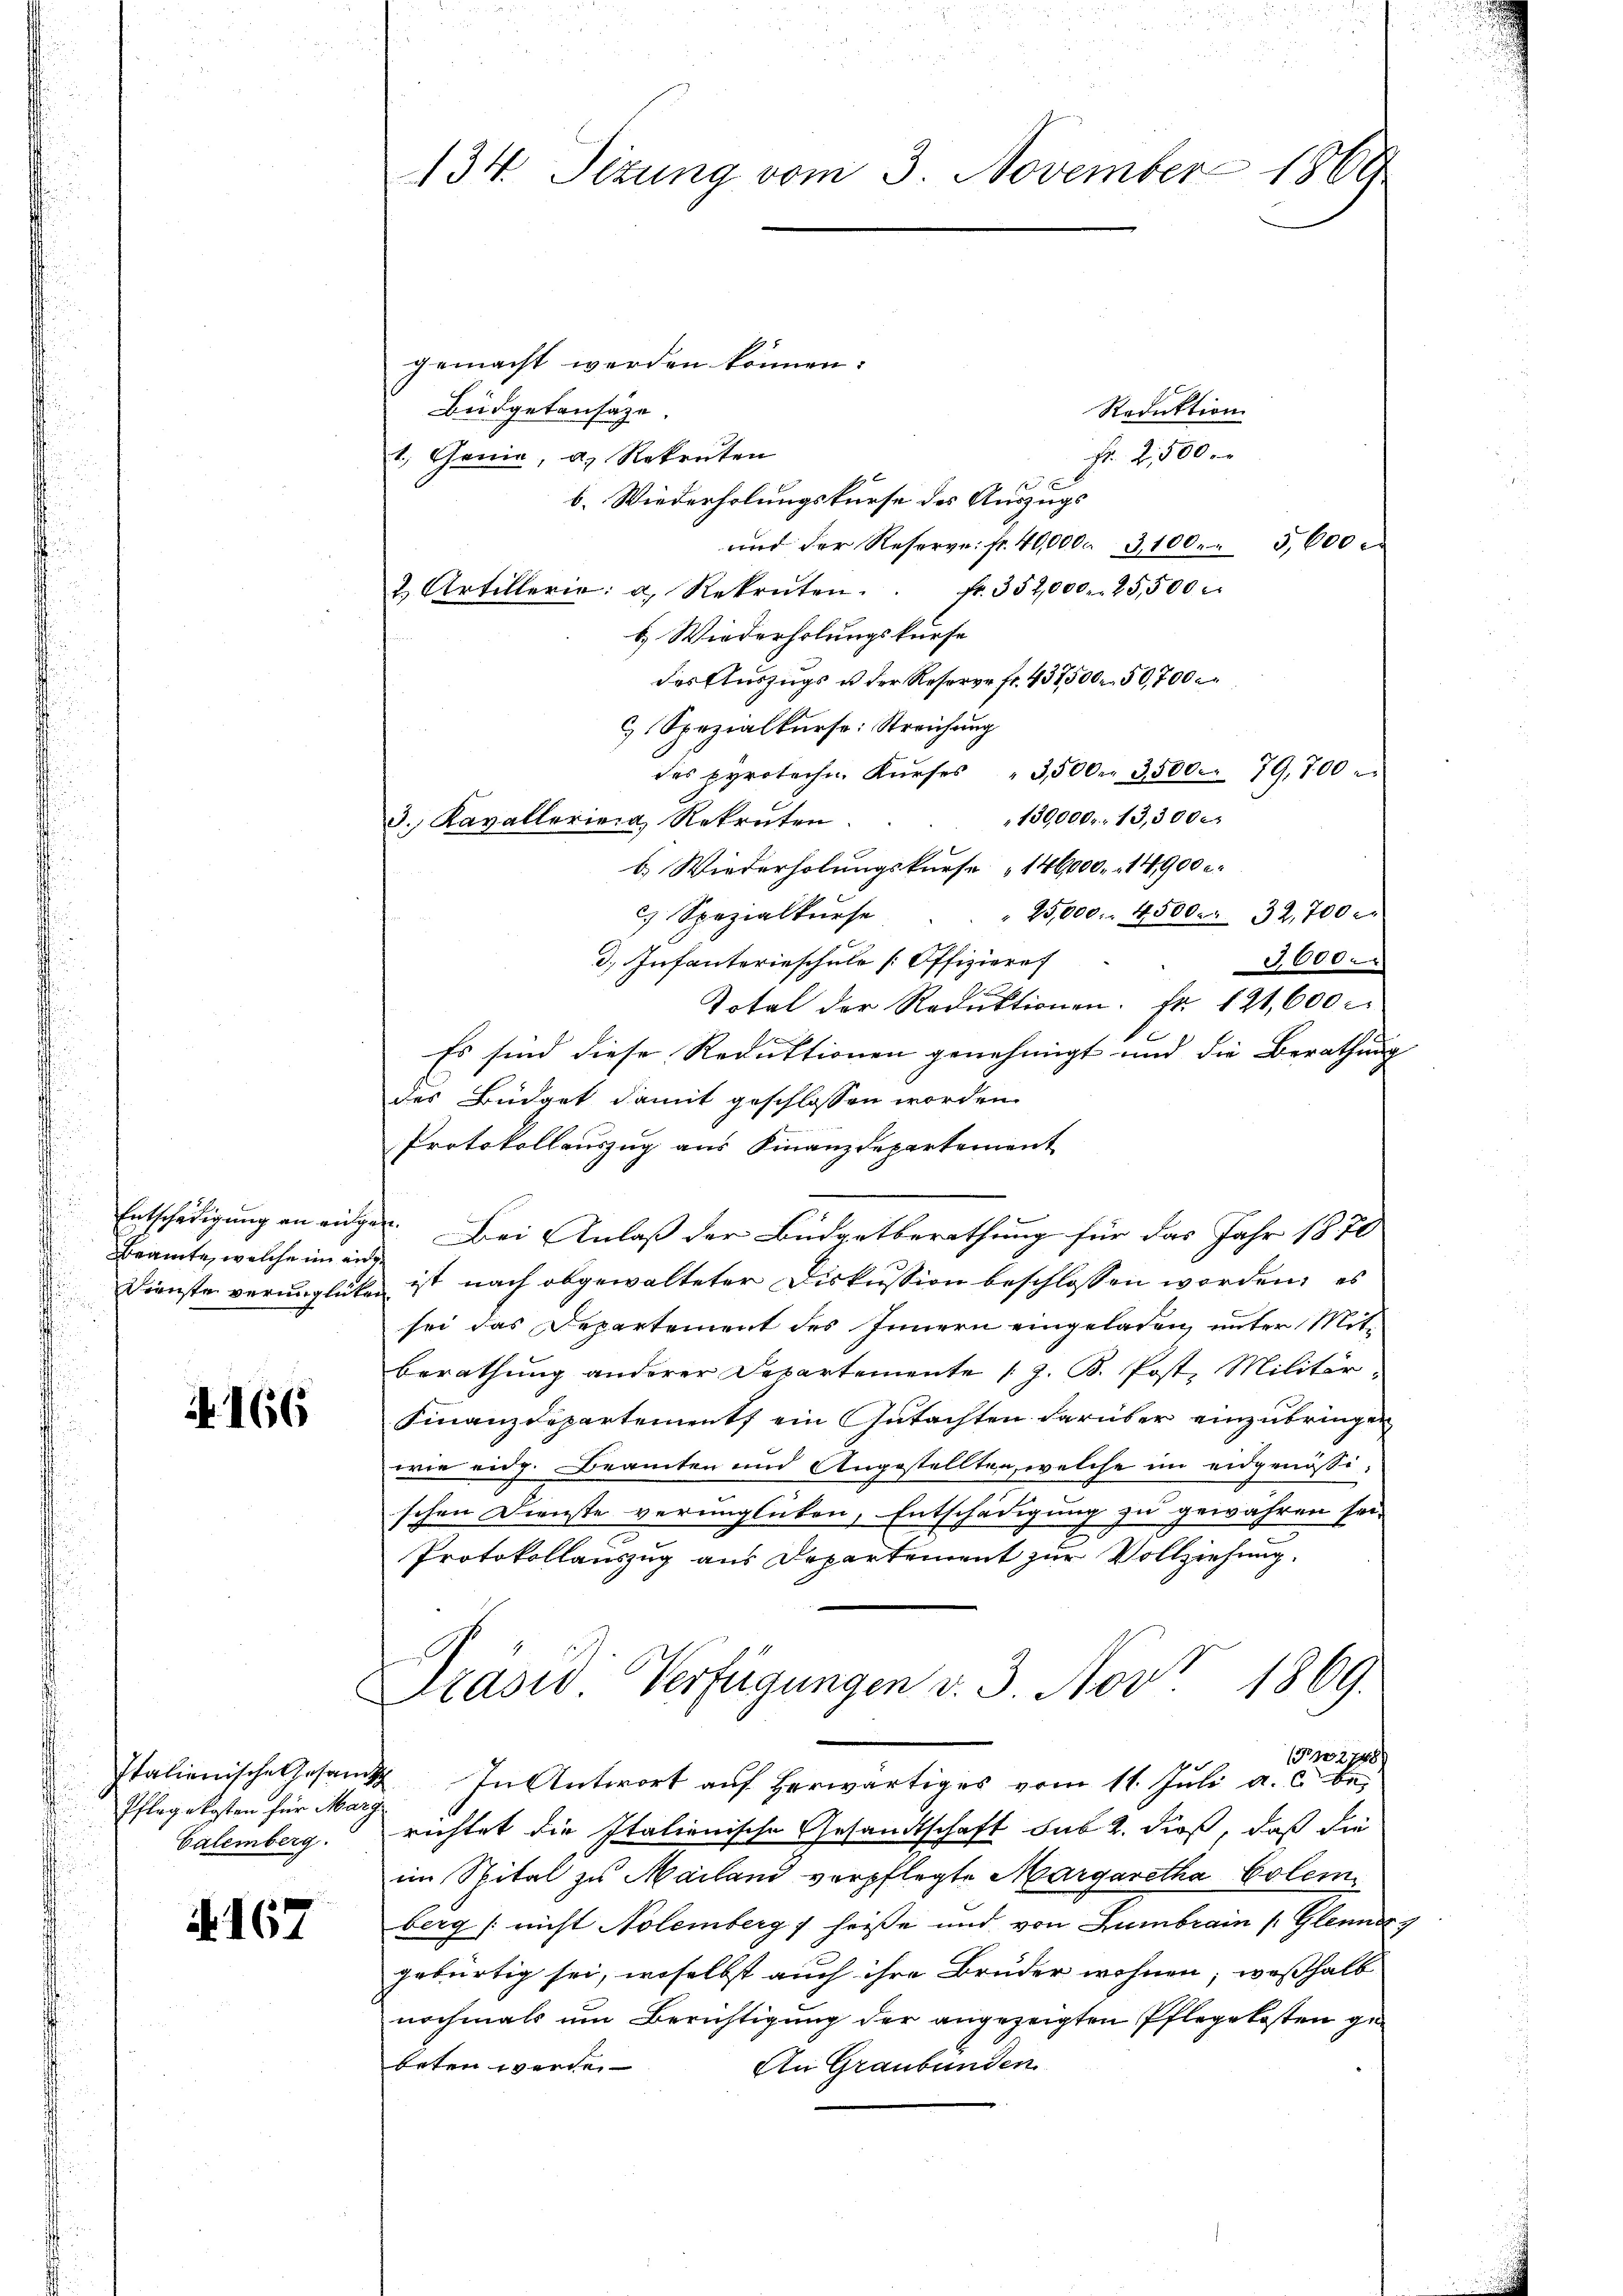
Entschädigung an einig
Beamte, welche in ei
Dienste verunglich

166

Italienische Gesan
Pflegekosten für Marg
Calemberg.

A. 167

134. Sizung vom 3. November 1869

gemacht werden können.
Büdgetansäze.
Reduktion
Fr. 2500.
l. Genia, a. Rekruten
 x
b. Wiederholungskurse des Auszugs
und der Reserve. fr. 40,000. 3100. 5600
Nr. 352,000. 25,500 x
2 Artillerie: a. Rekruten.
b) Wiederholungskurse
des Auszugs u der Reserer fr. 437500. 50,700
Spezialkurse: Streichung
des Protechn Kŭrses " 3500. 3500. 79,700
130000. 13,3000
3. Kavalleriena, Rekruten.
b. Wiederholungskurse " 146000. 14900 c.
) Spezialkurse
25,000. 4500. 32,700.
d.) Infanterieschule [Offiziere
3600.
Total der Reduktionen. Fr. 121,600 r
Es sind diese Reduktionen genehmigt und die Berathung
des Büdget damit geschlossen worden.
Protokollauszug aus Finanzdepartement
. Bei Anlaß der Budgetberathung für das Jahr 1870
ch
 ist nach abgewalteter Diskussion beschlossen worden; es
sei das Departement des Innern eingeladen, unter Mitberathung anderer Departemente (z. B. Post, Militär
Finanzdepartement ein Gutachten darüber einzubringen
wie eidg. Beamten und Angestellten, welche im eidgenössi-
schen Dienste verunglücken, Entschädigung zu gewähren sei,
Protokollauszug aus Departement zur Vollziehung.
Präsid Verfügungen v. 3. Nov. 1869.
10374
2 In Antwort auf herwärtiges vom 11. Juli a. c. bei
richtet die Italienische Gesandtschaft sub 2. dieß, daß die
im Spital zu Mailand verpflegte Margaretha Colem
berg (nicht Nolemberg heiße und von Lumbrain (Glenner
gebürtig sei, woselbst auch ihre Bruder wohnen; wesshalb
nochmals um Berichtigung der angezeigten Pflegekosten gebeten werde.
An Graubünden